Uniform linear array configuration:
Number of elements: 8
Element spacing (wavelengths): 0.25
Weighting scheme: blackman
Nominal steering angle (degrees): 0
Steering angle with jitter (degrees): -1.799
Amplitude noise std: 0.05
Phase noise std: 0.05

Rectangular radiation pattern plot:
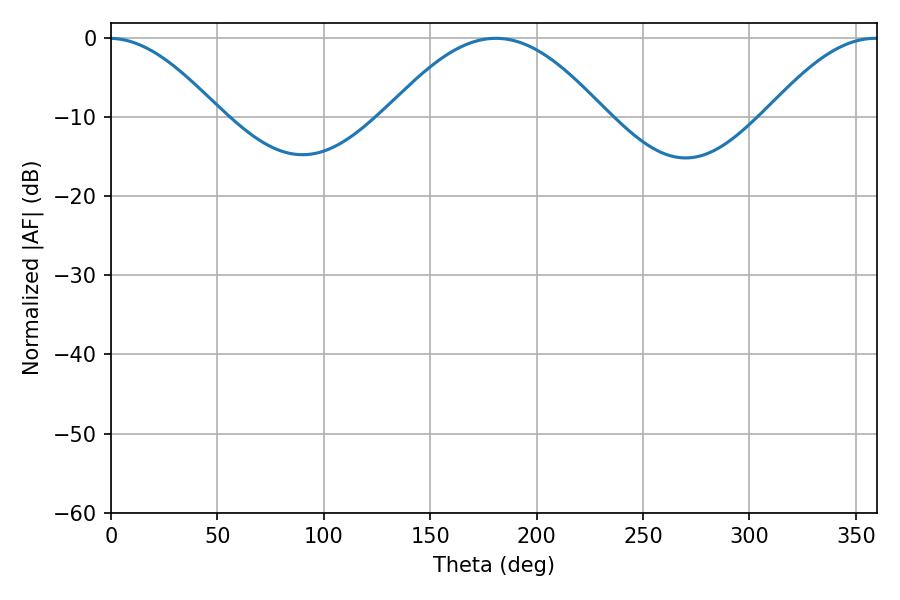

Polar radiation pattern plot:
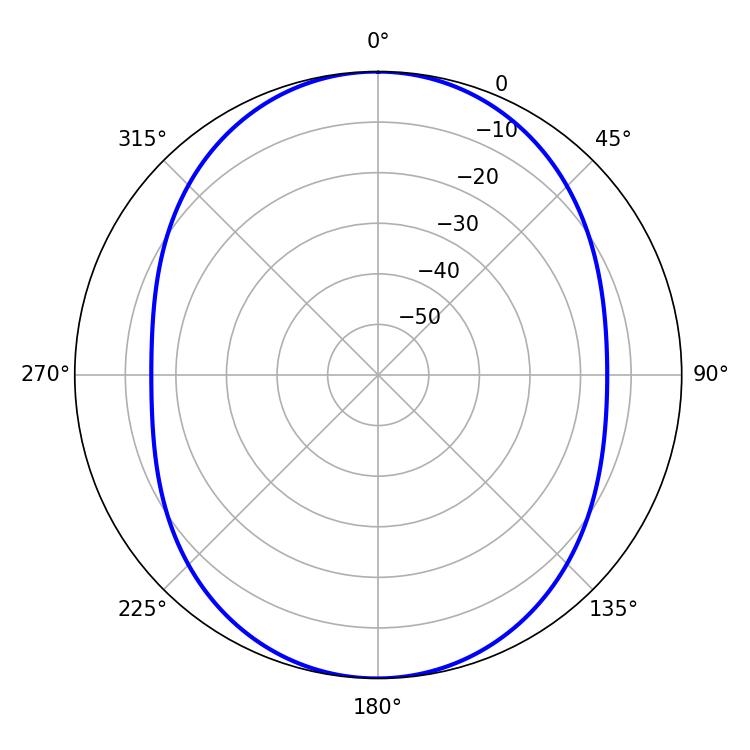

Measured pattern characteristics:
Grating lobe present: FALSE
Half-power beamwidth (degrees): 55.62
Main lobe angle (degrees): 180.9